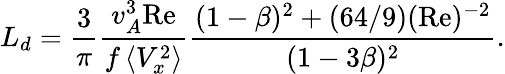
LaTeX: L_{d}=\frac{3}{\pi}\frac{v_{A}^{3}\mathrm{Re}}{f\left<V_{x}^{2}\right>}\frac{(1-\beta)^{2}+(64/9)(\mathrm{Re})^{-2}}{(1-3\beta)^{2}}.